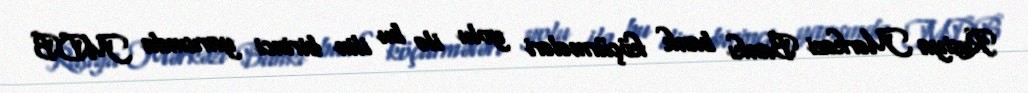
Rusiya Mərkəzi Bankı bank köçürmələri yolu ilə bu ilin birinci yarısında MDB